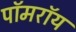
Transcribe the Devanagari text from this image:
पॉमरॉय